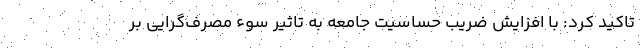
تاکید کرد: با افزایش ضریب حساسیت جامعه به تاثیر سوء مصرف‌گرایی بر